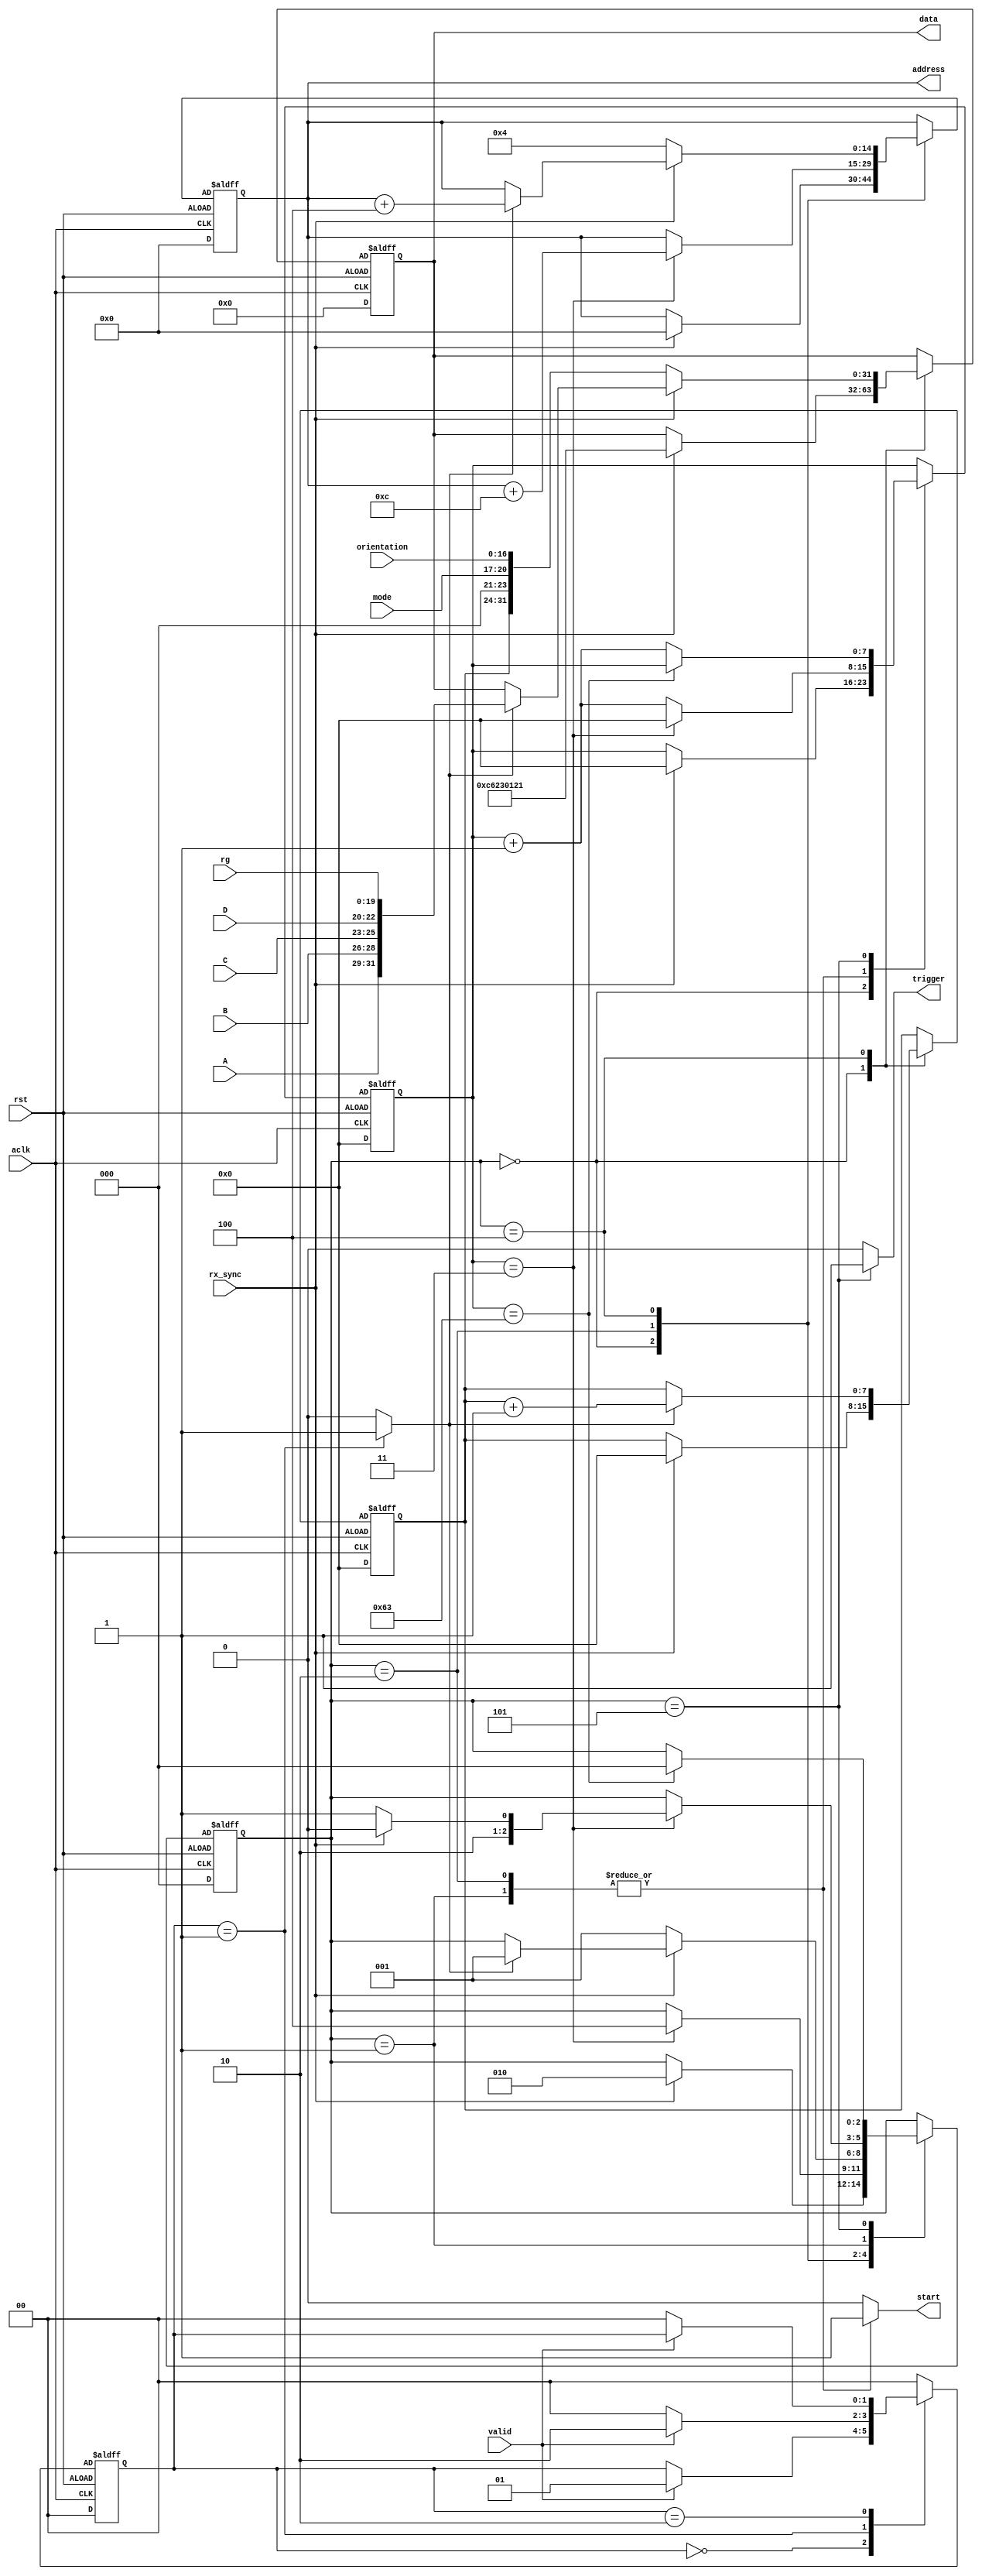
module data_manager
(
    input   wire[3:0]   mode,
    input   wire[2:0]   A, B, C, D,
    input   wire[19:0]  rg,
    input   wire[16:0]  orientation, 
    input   wire rx_sync,
    input   wire valid,
    output  reg  start,
    output  wire[31:0] data,
    output  wire[14:0] address,
    output  reg  trigger,
    input   wire aclk,
    input   wire rst 
);

localparam[2:0]
    IDLE        = 3'b000,
    DELAY       = 3'b001,
    ID          = 3'b010,
    SUMMARY     = 3'b011,
    DATA        = 3'b100,
    FINISH      = 3'b101;
    
localparam[1:0]
    ZERO    = 2'b00,
    EDG     = 2'b01,
    ONE     = 2'b10;    

reg[1:0] level_reg, level_next;
reg[7:0] s_reg, s_next;
reg[7:0] num_reg, num_next;
reg[31:0] data_reg, data_next;
reg[14:0] addr_reg, addr_next;
reg[2:0] state_reg, state_next;
reg sample_tick;

always @ (posedge aclk, posedge rst)
    if(~rst)
        begin
            level_reg   <= ZERO;
            state_reg   <= IDLE;
            addr_reg    <= 0;
            data_reg    <= 0;
            num_reg     <= 0;
            s_reg       <= 0;
        end        
    else
        begin
            level_reg   <= level_next;
            state_reg   <= state_next;
            addr_reg    <= addr_next;
            data_reg    <= data_next;
            num_reg     <= num_next;
            s_reg       <= s_next;
        end
          
always @(*)
    begin
        state_next  = state_reg;
        data_next   = data_reg;
        addr_next   = addr_reg;
        s_next      = s_reg;
        num_next    = num_reg;
        start       = 1'b0;
        trigger     = 1'b0;
        
        case (state_reg)
            IDLE    :
                if(rx_sync)
                    begin
                        state_next  = ID;
                        data_next   = 32'hC623_0121;
                        addr_next   = 0;
                        num_next    = 0;
                        s_next      = 0;
                    end
            ID      :
                begin
                    start = 1'b1;
                    if (s_reg == 4-1)
                        begin
                            state_next  = DATA;
                            addr_next   = addr_reg + 12;
                            s_next      = 0;
                        end
                    else
                        s_next = s_reg + 1;                   
                end  
            DATA    :
                begin
                    if(sample_tick)
                        begin 
                            data_next   = {A, B, C, D, rg};                
                            addr_next   = addr_reg + 4;
                            num_next    = num_reg + 1;
                            state_next  = DELAY;
                        end    
                    
                    if(!rx_sync)  
                        begin
                            data_next   = {num_reg, 3'b0000, mode, orientation};                
                            addr_next   = 4;
                            state_next  = DELAY;
                        end                        
                end
            DELAY  :
                begin
                    start = 1'b1;
                    if (s_reg == 4-1)
                        begin
                            s_next      = 0;
                            if(rx_sync)
                                state_next  = DATA;
                            else
                                state_next  = FINISH;    
                        end 
                    else
                        s_next = s_reg + 1;                   
                end
            FINISH  :
                begin
                    trigger     = 1'b1;
                    if(s_reg == 100-1)
                        state_next = IDLE;
                    else
                        s_next = s_reg + 1;                
                end
        endcase
    end            
    
/* Falling Edge Detection for Sampler */
always @(*)
begin
    level_next  = level_reg;
    sample_tick = 1'b0;
    case(level_reg)
        ZERO:
            if(valid)
                level_next = EDG;
        EDG:
            begin
                sample_tick = 1'b1;
                if(~valid)
                    level_next = ZERO;
                else
                    level_next = ONE;
            end    
        ONE:
            if(~valid)
                level_next = ZERO;
        default: level_next = ZERO;
    endcase
end 
   
assign data     = data_reg;
assign address  = addr_reg;

endmodule